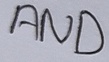
Text: AND